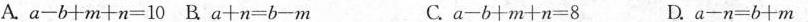
A.a-b十m+n=10 B. a+n=b-m C.a-b│m十n=8 D. a-n=b十m